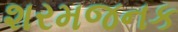
શરમજનક